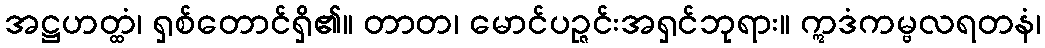
အဋ္ဌဟတ္ထံ၊ ရှစ်တောင်ရှိ၏။ တာတ၊ မောင်ပဉ္ဇင်းအရှင်ဘုရား။ ဣဒံကမ္ဗလရတနံ၊